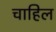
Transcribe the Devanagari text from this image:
चाहिल